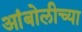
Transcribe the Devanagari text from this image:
आंबोलीच्या